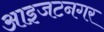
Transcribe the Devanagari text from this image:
आइजटनगर